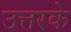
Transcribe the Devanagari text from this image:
उत्तरके